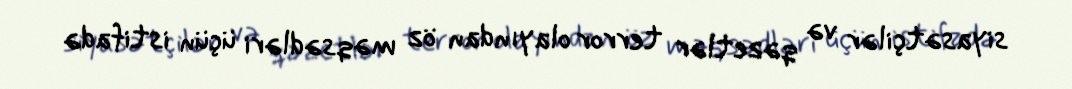
siyasətçilər və qəzetlər terror olayından öz məqsədləri üçün istifadə